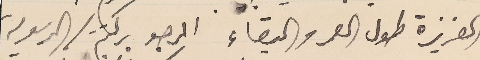
العزيزة طول العمر والبقاء المرجو بركتم/ الرسوليه